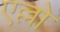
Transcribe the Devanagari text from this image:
एल्लो